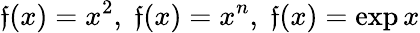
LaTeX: \mathfrak{f}(x)=x^{2},\; \mathfrak{f}(x)=x^{n},\; \mathfrak{f}(x)=\exp{x}